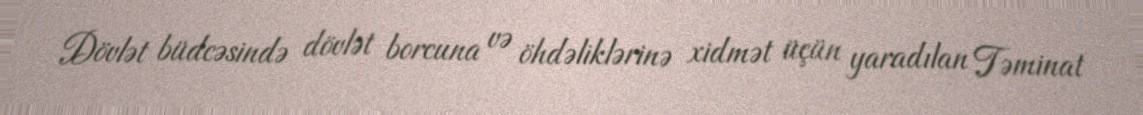
Dövlət büdcəsində dövlət borcuna və öhdəliklərinə xidmət üçün yaradılan Təminat